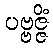
ပဗ္ဗဇ္ဇိံ